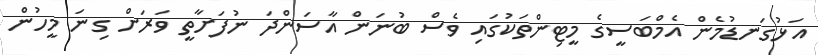
އަޅުގަނޑުމެން އެމްބަސީގެ މީޓިންތަކުގައި ވެސް ބުނަން އާސަންދަ ނުފަށާތީ ވަރަށް ގިނަ މީހުން